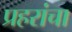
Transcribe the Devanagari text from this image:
प्रहरांचा